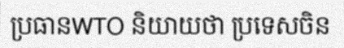
ប្រធានWTO និយាយថា ប្រទេសចិន